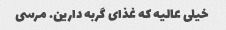
خیلی عالیه که غذای گربه دارین. مرسی